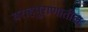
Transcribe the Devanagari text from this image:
वराहपुराणातील